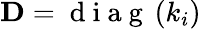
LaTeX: \mathbf{D}=\mathrm{~d~i~a~g~}\left(k_{i}\right)